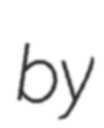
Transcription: by